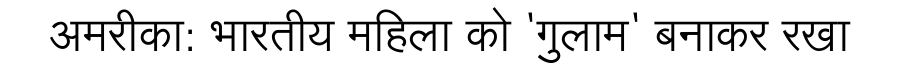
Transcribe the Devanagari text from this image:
अमरीका: भारतीय महिला को 'गुलाम' बनाकर रखा